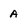
Character: A